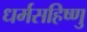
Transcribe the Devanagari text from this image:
धर्मसहिष्णु